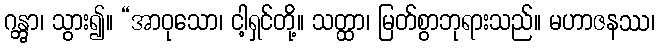
ဂန္တွာ၊ သွား၍။ “အာဝုသော၊ ငါ့ရှင်တို့။ သတ္ထာ၊ မြတ်စွာဘုရားသည်။ မဟာဇနဿ၊